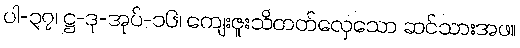
ပါ-၃၇၊ ဋ္ဌ-ဒု-အုပ်-၁၆၊ ကျေးဇူးသိတတ်လှေသော ဆင်သားအဖ။